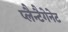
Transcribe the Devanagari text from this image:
प्लैन्टैगेनेट